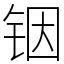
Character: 铟